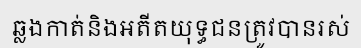
ឆ្លងកាត់និងអតីតយុទ្ធជនត្រូវបានរស់